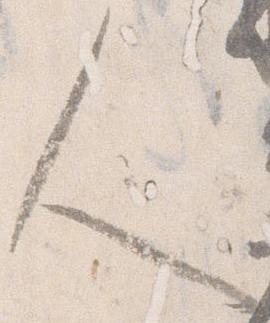
人